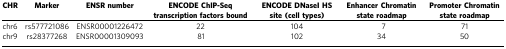
| CHR | Marker | ENSR number | ENCODE ChIP-Seq transcription factors bound | ENCODE DNaseI HS site (cell types) | Enhancer Chromatin state roadmap | Promoter Chromatin state roadmap |
 | --- | --- | --- | --- | --- | --- | --- |
 | chr6 | rs577721086 | ENSR00001226472 | 22 | 104 | 7 | 71 |
 | chr9 | rs28377268 | ENSR00001309093 | 81 | 102 | 34 | 50 |